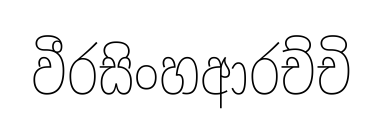
වීරසිංහආරච්චි